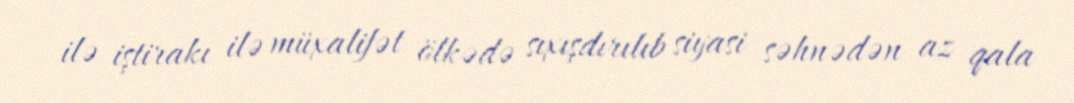
ilə iştirakı ilə müxalifət ölkədə sıxışdırılıb siyasi səhnədən az qala